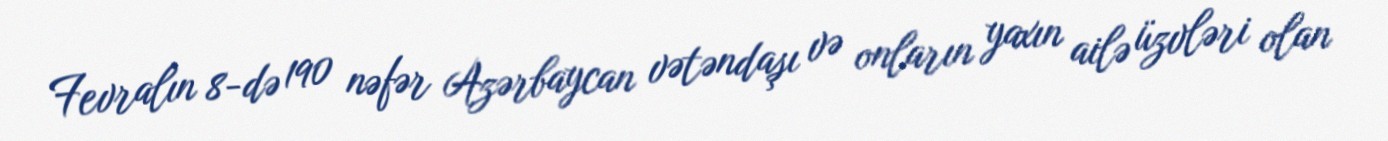
Fevralın 8-də 190 nəfər Azərbaycan vətəndaşı və onların yaxın ailə üzvləri olan